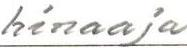
hinaaja